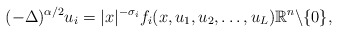
\begin{align*}(-\Delta)^{\alpha/2} u_{i} = |x|^{-\sigma_i}f_{i}(x,u_1,u_2,\ldots, u_L) \mathbb{R}^n\backslash\{0\},\end{align*}